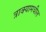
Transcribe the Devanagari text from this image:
त्राक्यामधील